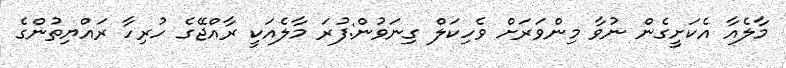
މާލެއާ އެކަށީގެން ނުވާ މިންވަރަށް ވެހިކަލް ގިނަވުން:ފުރަ މާލެއަކީ ރާއްޖޭގެ ހުރިހާ ރައްޔިތުންގެ